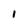
Character: l